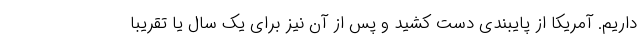
داریم. آمریکا از پایبندی دست کشید و پس از آن نیز برای یک سال یا تقریبا